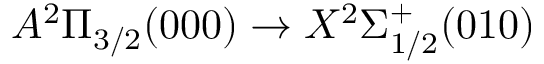
A ^ { 2 } \Pi _ { 3 / 2 } ( 0 0 0 ) \rightarrow X ^ { 2 } \Sigma _ { 1 / 2 } ^ { + } ( 0 1 0 )